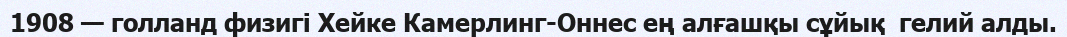
1908 — голланд физигі Хейке Камерлинг-Оннес ең алғашқы сұйық  гелий алды.